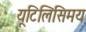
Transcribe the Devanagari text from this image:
यूटिलिसिमय